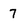
Character: 7